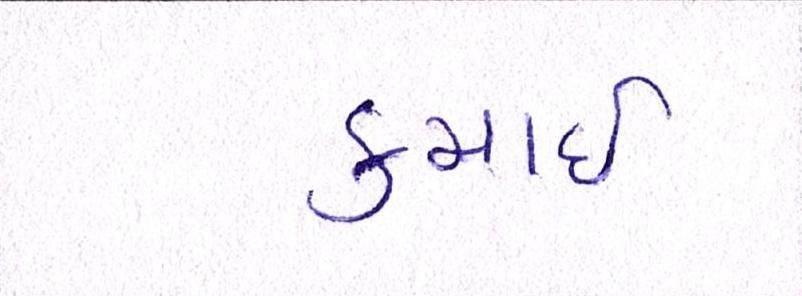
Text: કમાઈ